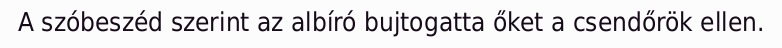
A szóbeszéd szerint az albíró bujtogatta őket a csendőrök ellen.